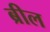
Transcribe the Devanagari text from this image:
ब्रील